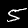
Digit: 5